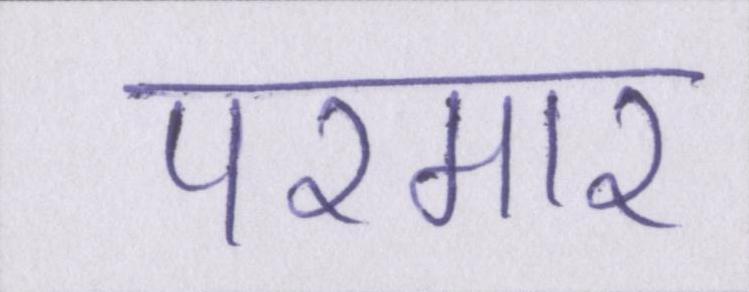
परमार